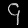
Digit: ၄